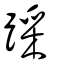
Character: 踩